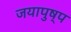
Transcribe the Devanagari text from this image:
जयापुष्प